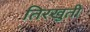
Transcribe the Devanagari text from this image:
तिरखुती